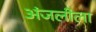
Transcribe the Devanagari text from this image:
अंजलीला